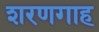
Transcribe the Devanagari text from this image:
शरणगाह